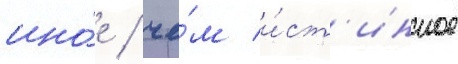
ино́е / че́м и́ст'инное